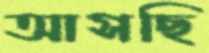
আসছি